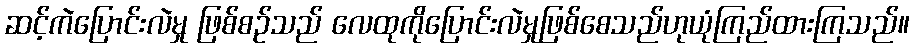
ဆင့်ကဲပြောင်းလဲမှု ဖြစ်စဉ်သည် လေထုကိုပြောင်းလဲမှုဖြစ်စေသည်ဟုယုံကြည်ထားကြသည်။